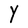
Character: Y